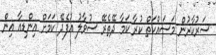
ސަރުކާރުން މަސައްކަތް ކުރާ ކަމާ ދޭތެރޭ ސުވާލު އުފެދޭ ކަމަށް އިންޑިއާ އިން